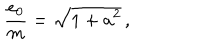
\frac { e _ { 0 } } { m } = \sqrt { 1 + a ^ { 2 } } \, ,